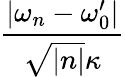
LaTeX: \frac{\lvert\omega_{n}-\omega_{0}^{\prime}\rvert}{\sqrt{\lvert n\rvert}\kappa}